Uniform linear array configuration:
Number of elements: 48
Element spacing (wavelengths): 0.75
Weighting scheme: hamming
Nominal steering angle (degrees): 15
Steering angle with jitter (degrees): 13.948
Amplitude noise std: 0.05
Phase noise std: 0.05

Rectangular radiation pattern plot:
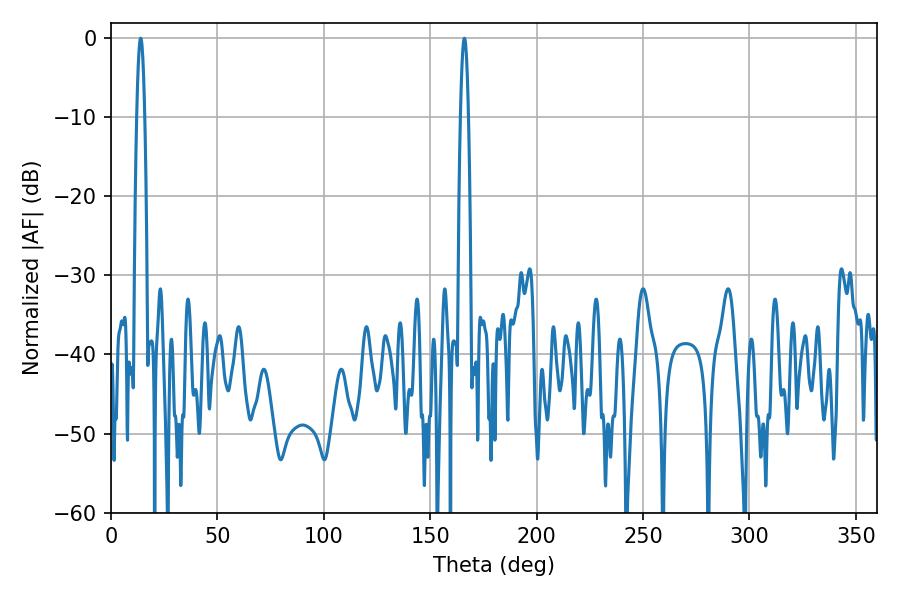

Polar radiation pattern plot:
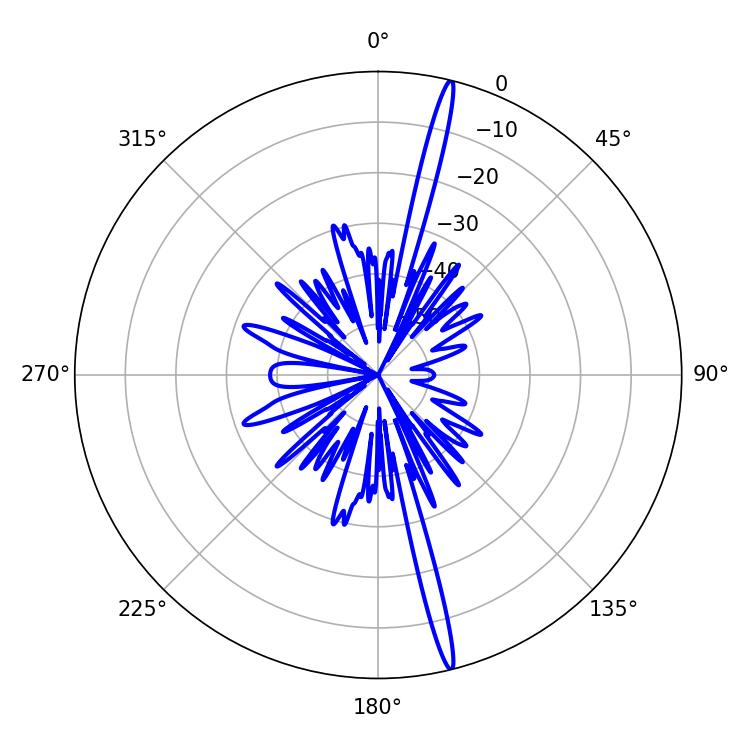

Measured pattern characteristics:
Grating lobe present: TRUE
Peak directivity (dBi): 20.228
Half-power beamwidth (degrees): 1.98
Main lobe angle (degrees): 13.86